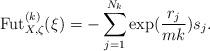
LaTeX: \begin{align*}\mathrm{Fut}_{X,\zeta}^{(k)}(\xi)= - \sum_{j=1}^{N_k} \exp(\frac{r_j}{mk})s_j.\end{align*}